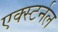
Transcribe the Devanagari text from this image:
एक्स्टर्नल